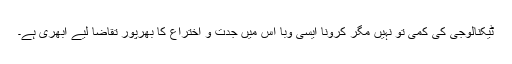
ٹیکنالوجی کی کمی تو نہیں مگر کرونا ایسی وَبا اس میں جدّت و اختراع کا بھرپور تقاضا لیے ابھری ہے۔